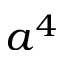
a ^ { 4 }